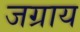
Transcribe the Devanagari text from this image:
जग्राय